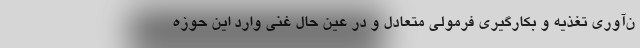
ن‌آوری تغذیه و بکارگیری فرمولی متعادل و در عین حال غنی وارد این حوزه